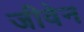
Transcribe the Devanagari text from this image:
जीवेन